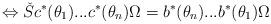
LaTeX: \begin{align*}\Leftrightarrow \check{S}c^{*}(\theta _{1})...c^{*}(\theta _{n})\Omega=b^{*}(\theta _{n})...b^{*}(\theta _{1})\Omega\end{align*}